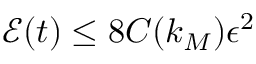
\mathcal { E } ( t ) \leq 8 C ( k _ { M } ) \epsilon ^ { 2 }